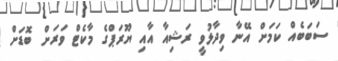
ސަބަބެއް ކަމަށް އޭނާ ވިދާޅުވީ ރަޝިއާ އާއި ޔޫރަޕްގެ މާކެޓް ވަރަށް ބޮޑަށް